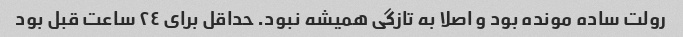
رولت ساده مونده بود و اصلا به تازگی همیشه نبود. حداقل برای ٢٤ ساعت قبل بود